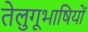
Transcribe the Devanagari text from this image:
तेलुगूभाषियों